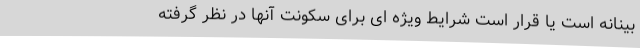
‌بینانه است یا قرار است شرایط ویژه ای برای سکونت آنها در نظر گرفته